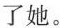
了她。